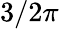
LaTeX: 3/2\pi